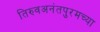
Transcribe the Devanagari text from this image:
तिरुवअनंतपुरमच्या